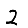
Digit: 2